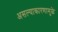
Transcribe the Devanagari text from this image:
असल्याकारणामुळे